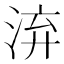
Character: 㳰